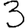
Digit: 3